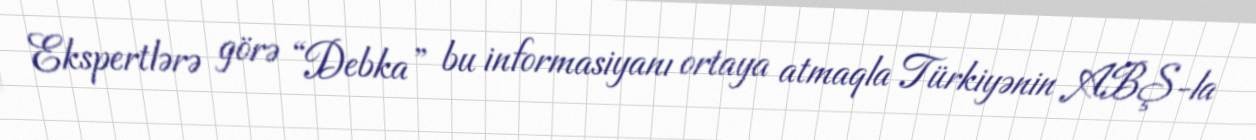
Ekspertlərə görə “Debka” bu informasiyanı ortaya atmaqla Türkiyənin ABŞ-la